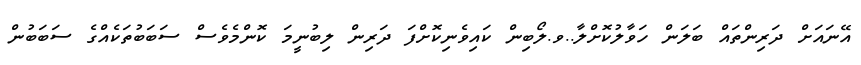
އޭނައަށް ދަރިންތައް ބަލަން ހަވާލުކޮށްލާ..ވ.ލޯބިން ކައިވެނިކޮށްފަ ދަރިން ލިބުނީމަ ކޮންމެވެސް ސަބަބުތަކެއްގެ ސަބަބުން